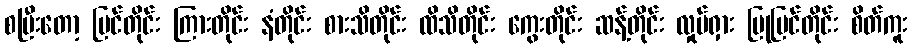
စပြီးတော့ မြင်တိုင်း ကြားတိုင်း နံတိုင်း စားသိတိုင်း ထိသိတိုင်း ကွေးတိုင်း ဆန့်တိုင်း လှုပ်ရှား ပြုပြင်တိုင်း စိတ်ကူး